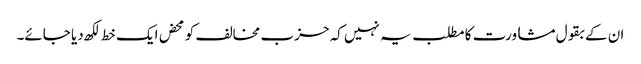
ان کے بقول مشاورت کا مطلب یہ نہیں کہ حزب مخالف کو محض ایک خط لکھ دیا جائے۔